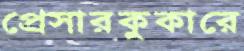
প্রেসারকুকারে